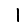
Digit: 1